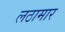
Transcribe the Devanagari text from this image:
लठामार